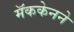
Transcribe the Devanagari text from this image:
मॅककेनने